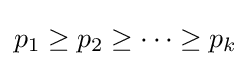
p_{1}\geq p_{2}\geq \dots \geq p_{k}